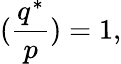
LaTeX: ({\frac{q^{*}}{p}})=1,